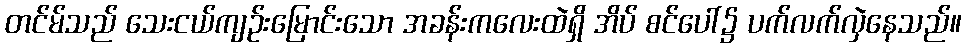
တင်မ်သည် သေးငယ်ကျဉ်းမြောင်းသော အခန်းကလေးထဲရှိ အိပ် စင်ပေါ်၌ ပက်လက်လှဲနေသည်။